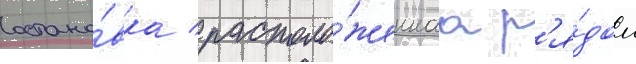
остано́вка / располо́женнаа р'я́дом